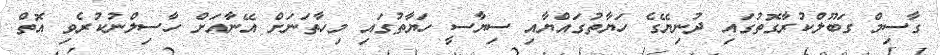
ގާސިމް ގަބޫލްކުރާގޮތުގައި ދުނިޔޭގެ ހަޔާތުގައްޔާއި ސިޔާސީ ހަޔާތުގައި މިހާތަނަށް އޭނާއަށް ހާސިލްނުކުރެވި އޮތް